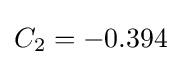
C_{2}=-0.394